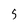
Character: 5